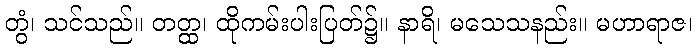
တွံ၊ သင်သည်။ တတ္ထ၊ ထိုကမ်းပါးပြတ်၌။ နာရိ၊ မသေသနည်း။ မဟာရာဇ၊